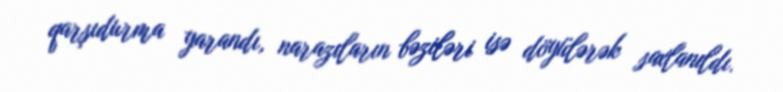
qarşıdurma yarandı, narazıların bəziləri isə döyülərək saxlanıldı.